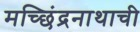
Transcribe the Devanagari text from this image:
मच्छिंद्रनाथाची